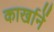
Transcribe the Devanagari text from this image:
कार्खानें